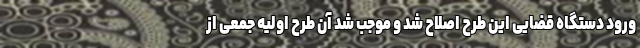
ورود دستگاه قضایی این طرح اصلاح شد و موجب شد آن طرح اولیه جمعی از